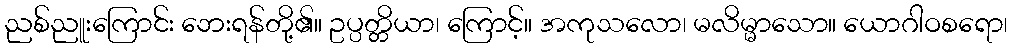
ညစ်ညူးကြောင်း ဘေးရန်တို့၏။ ဥပ္ပတ္တိယာ၊ ကြောင့်။ အကုသလော၊ မလိမ္မာသော။ ယောဂါဝစရော၊